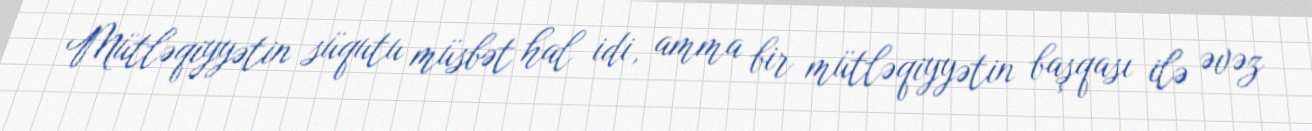
Mütləqiyyətin süqutu müsbət hal idi, amma bir mütləqiyyətin başqası ilə əvəz